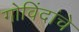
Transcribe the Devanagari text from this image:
गोविंदांचे